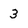
Character: 3